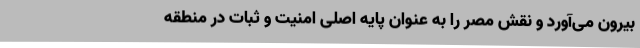
بیرون می‌آورد و نقش مصر را به عنوان پایه اصلی امنیت و ثبات در منطقه